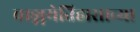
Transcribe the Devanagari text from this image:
वाङ्मयेतिहासाच्या